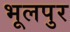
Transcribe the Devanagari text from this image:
भूलपुर